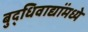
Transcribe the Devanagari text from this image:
बुद्धिवाद्यांंमध्ये